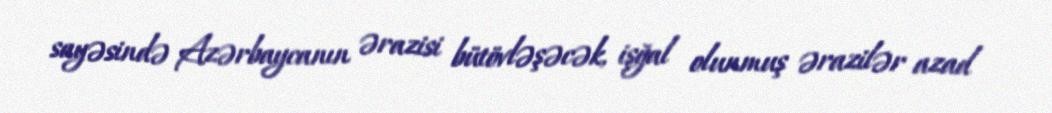
sayəsində Azərbaycanın ərazisi bütövləşəcək, işğal olunmuş ərazilər azad